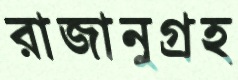
রাজানুগ্রহ